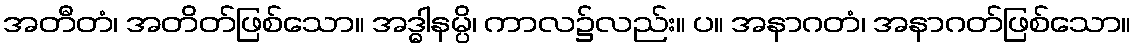
အတီတံ၊ အတိတ်ဖြစ်သော။ အဒ္ဓါနမ္ပိ၊ ကာလ၌လည်း။ ပ။ အနာဂတံ၊ အနာဂတ်ဖြစ်သော။